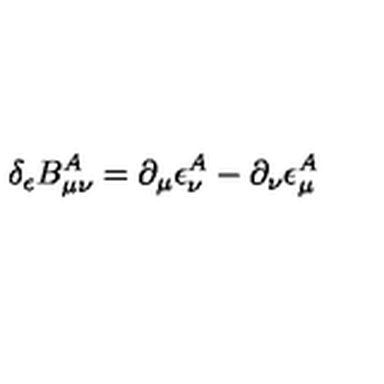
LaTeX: \delta _ { \epsilon } B _ { \mu \nu } ^ { A } = \partial _ { \mu } \epsilon _ { \nu } ^ { A } - \partial _ { \nu } \epsilon _ { \mu } ^ { A }